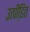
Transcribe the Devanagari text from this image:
उत्पीडि़त